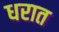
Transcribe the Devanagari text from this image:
धरात